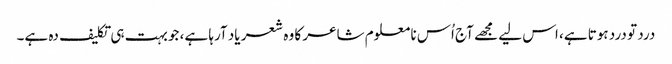
درد تو درد ہوتا ہے، اس لیے مجھے آج اُس نا معلوم شاعر کا وہ شعر یاد آرہا ہے، جو بہت ہی تکلیف دہ ہے۔